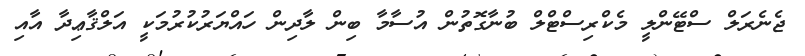
ޖެނެރަލް ސްޓޭންލީ މެކްރިސްޓްލް ބުނާގޮތުން އުސާމާ ބިން ލާދިން ހައްޔަރުކުރުމަކީ އަލްޤާޢިދާ އާއި